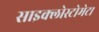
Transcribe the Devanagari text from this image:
साइक्लोस्टोमेटा